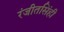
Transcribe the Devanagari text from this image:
रंजीतसिंही